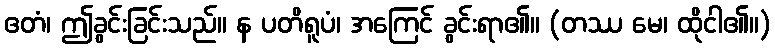
ဧတံ၊ ဤခွင်းခြင်းသည်။ န ပတိရူပံ၊ အကြေင် ခွင်းရာ၏။ (တဿ မေ၊ ထိုငါ၏။)